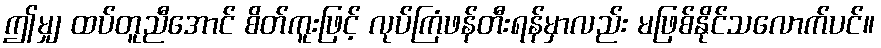
ဤမျှ ထပ်တူညီအောင် စိတ်ကူးဖြင့် လုပ်ကြံဖန်တီးရန်မှာလည်း မဖြစ်နိုင်သလောက်ပင်။